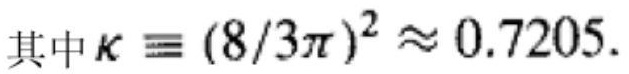
其中$\kappa \equiv (8/3\pi)^2 \approx 0.7205$.